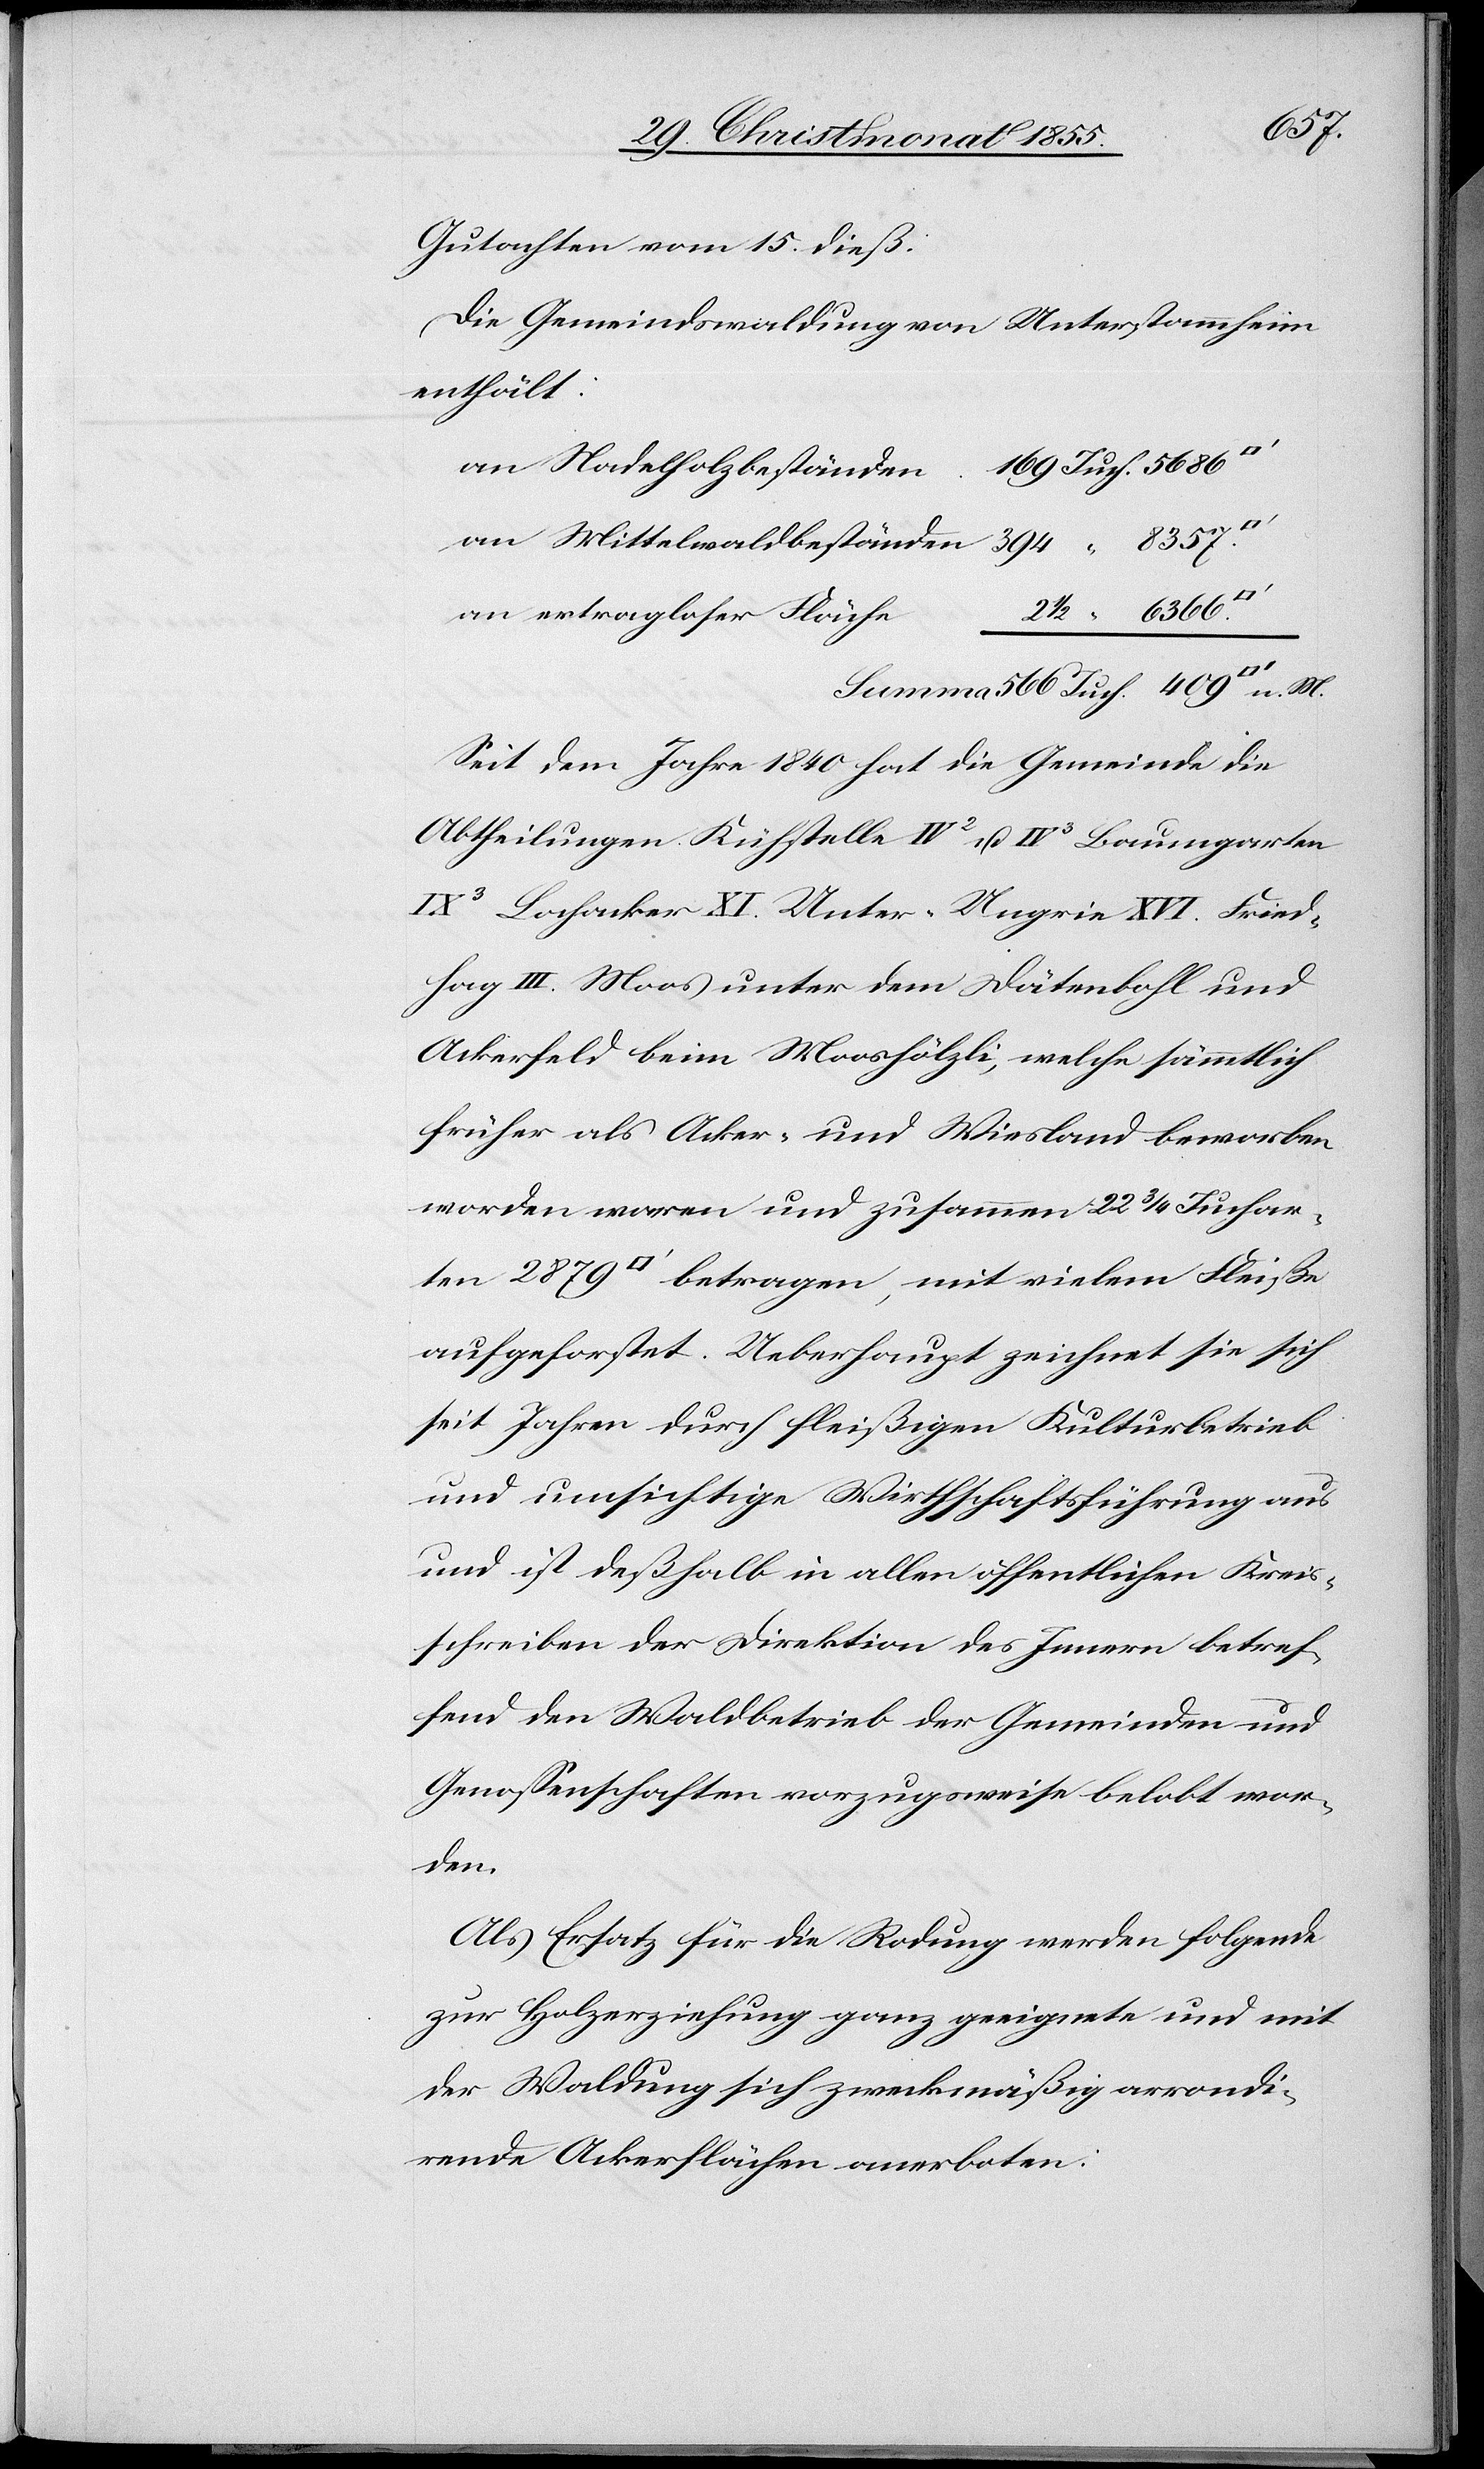
n. M.
Gutachten vom 15. dieß:
Die Gemeindswaldung von Unterstammheim
enthält:
169 Juch. 5686
an Mittelwaldbeständen
2 1/2 “ 6366.
an ertragloser Fläche
Seit dem Jahre 1840 hat die Gemeinde die
Abtheilungen Kühstelle IV2 u. IV3 Baumgarten
IX3 Lochacker XI. Unter-Ungrie XVI. Fried¬
hag III. Moos unter dem Dätenbohl und
Ackerfeld beim Mooshölzli, welche sämmtlich
früher als Acker- und Wiesland beworben
worden waren und zusammen 22 3/4 Jucharten
aufgeforstet. Ueberhaupt zeichnet sie sich
seit Jahren durch fleißigen Kulturbetrieb
und umsichtige Wirthschaftsführung aus
und ist deßhalb in allen öffentlichen Kreis¬
schreiben der Direktion des Innern betref¬
fend den Waldbetrieb der Gemeinden und
Genossenschaften vorzugsweise belobt wor¬
den.
Als Ersatz für die Rodung werden folgende
zur Holzerziehung ganz geeignete und mit
der Waldung sich zweckmäßig arrondi¬
rende Ackerflächen anerboten: